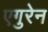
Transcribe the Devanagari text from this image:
एगुरेन